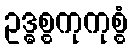
ဥဒ္ဓစ္စကုကုစ္စံ